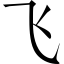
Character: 飞